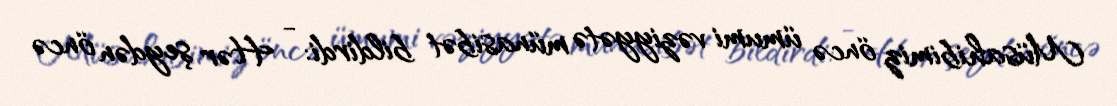
Müsahibimiz öncə ümumi vəziyyətə münasibət bildirdi: - Hər şeydən öncə